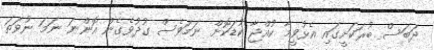
ދަބަސް ބުރަކަށީގައި އެޅުވީމާ ކުއްޖާ ކުޑަކޮށް ނަމަވެސް ގުދުވެގެން އޮންނަ ނަމަ ނުވަތަ